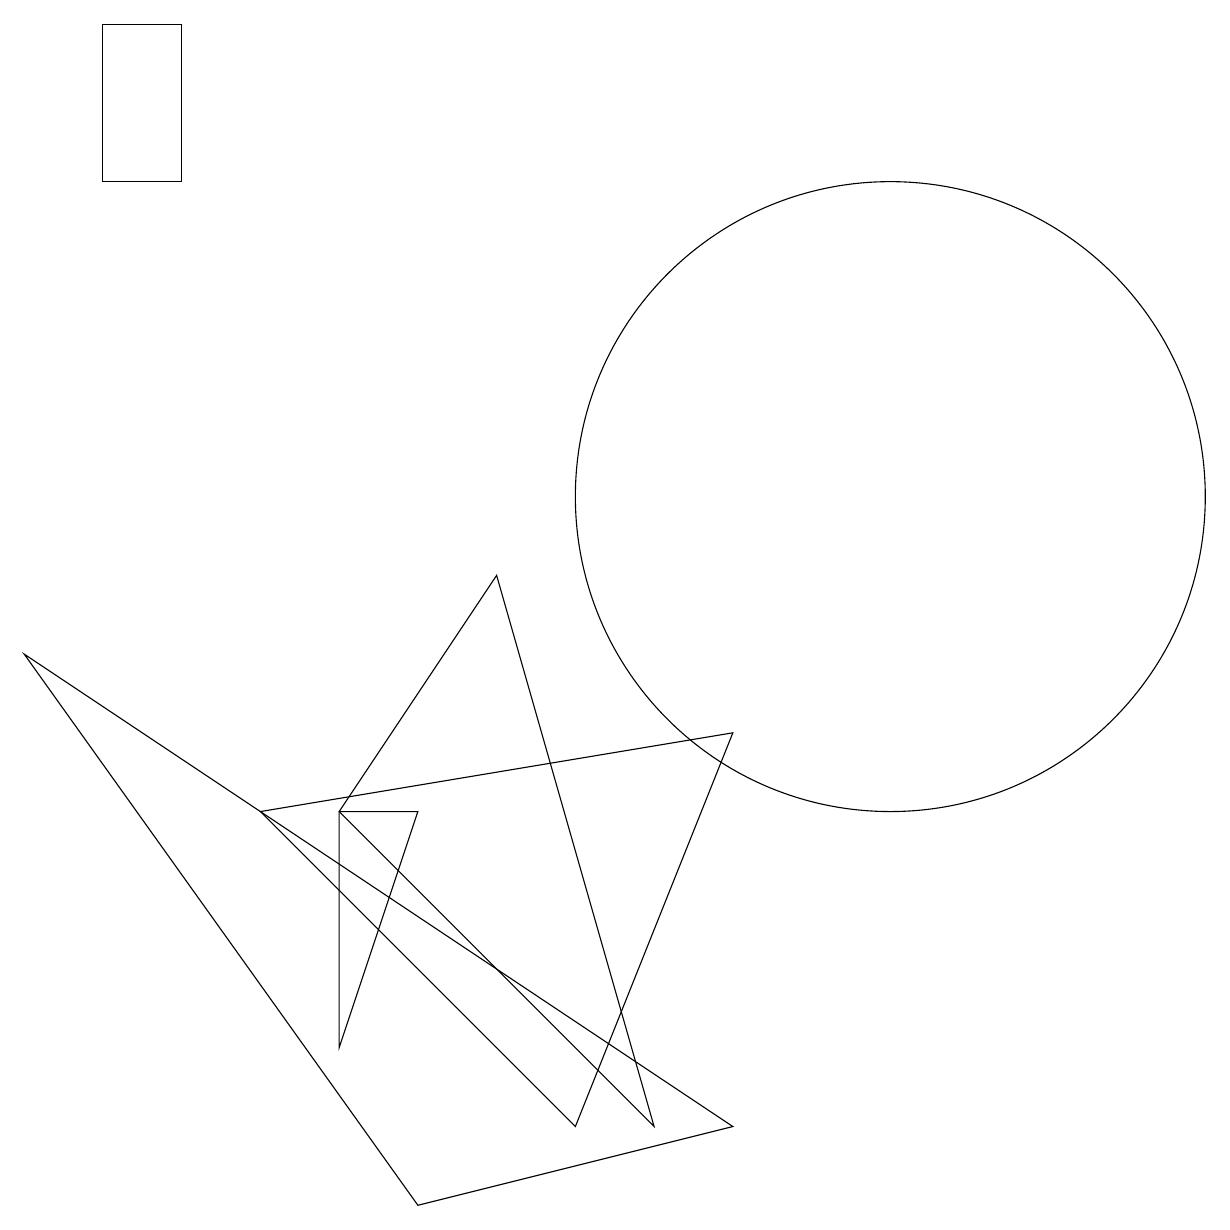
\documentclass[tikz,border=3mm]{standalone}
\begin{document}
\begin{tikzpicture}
\draw (5,1) -- (0,8) -- (9,2) -- cycle;
\draw (11,10) circle (4);
\draw (3,6) -- (9,7) -- (7,2) -- cycle;
\draw (6,9) -- (4,6) -- (8,2) -- cycle;
\draw (4,6) -- (5,6) -- (4,3) -- cycle;
\draw (1,16) rectangle (2,14);
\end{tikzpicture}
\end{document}